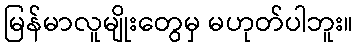
မြန်မာလူမျိုးတွေမှ မဟုတ်ပါဘူး။